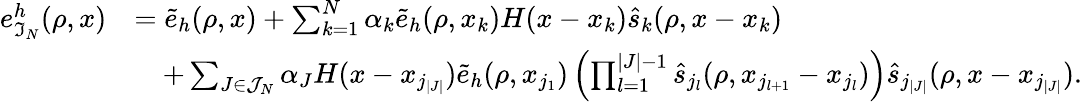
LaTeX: \begin{array}{rl}{e_{\mathfrak{I}_{N}}^{h}(\rho,x)}&{=\widetilde{e}_{h}(\rho,x)+\sum_{k=1}^{N}\alpha_{k}\widetilde{e}_{h}(\rho,x_{k})H(x-x_{k})\widehat{s}_{k}(\rho,x-x_{k})}\\ &{\quad+\sum_{J\in\mathcal{J}_{N}}\alpha_{J}H(x-x_{j_{|J|}})\widetilde{e}_{h}(\rho,x_{j_{1}})\left(\prod_{l=1}^{|J|-1}\widehat{s}_{j_{l}}(\rho,x_{j_{l+1}}-x_{j_{l}})\right)\widehat{s}_{j_{|J|}}(\rho,x-x_{j_{|J|}}).}\end{array}